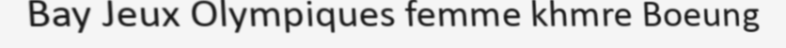
Bay Jeux Olympiques femme khmre Boeung